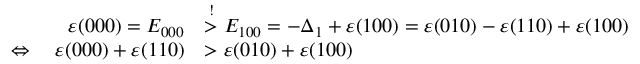
\begin{array} { r l } { \varepsilon ( 0 0 0 ) = E _ { 0 0 0 } } & { \stackrel { ! } { > } E _ { 1 0 0 } = - \Delta _ { 1 } + \varepsilon ( 1 0 0 ) = \varepsilon ( 0 1 0 ) - \varepsilon ( 1 1 0 ) + \varepsilon ( 1 0 0 ) } \\ { \Leftrightarrow \quad \varepsilon ( 0 0 0 ) + \varepsilon ( 1 1 0 ) } & { > \varepsilon ( 0 1 0 ) + \varepsilon ( 1 0 0 ) } \end{array}